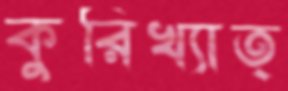
কুরিখ্যাত্